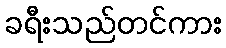
ခရီးသည်တင်ကား